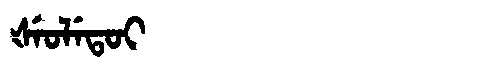
Manchu: ᡧᡝᠣᠯᡝᡨᠣᡳ
Romanization: ŠEOLETOI